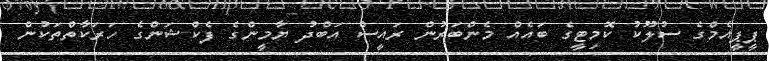
ޕީޕީއެމްގެ ސުލޫކު ކޮމިޓީގެ ބައެއް މެންބަރުން ރައީސް އަބްދު ޔާމީންގެ ފެކްޝަންގެ ހަރަކާތްތަކުން